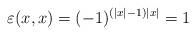
LaTeX: \begin{align*}\varepsilon (x,x)=(-1)^{(\left| x\right| -1)\left| x\right| }=1\end{align*}